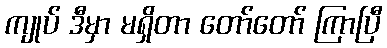
ကျုပ် ဒီမှာ မရှိတာ တော်တော် ကြာပြီ